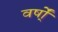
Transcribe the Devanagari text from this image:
वर्षो्ं